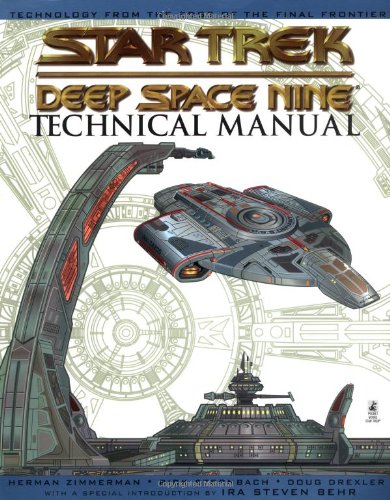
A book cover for Star Trek: Deep Space Nine Technical Manual; Herman Zimmerman; Humor & Entertainment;